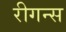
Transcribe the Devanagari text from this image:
रीगन्स